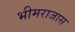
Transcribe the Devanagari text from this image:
भीमराजास